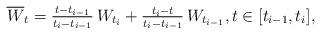
LaTeX: \begin{align*}\overline W_t=\tfrac{t-t_{i-1}}{t_i-t_{i-1}}\,W_{t_i}+\tfrac{t_i-t}{t_i-t_{i-1}}\, W_{t_{i-1}}, t\in [t_{i-1}, t_i],\end{align*}